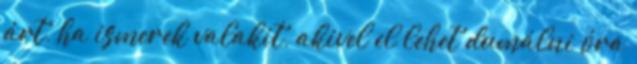
árt, ha ismerek valakit, akivel el lehet dumálni óra